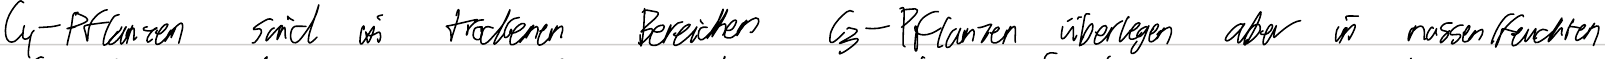
C4-Pflanzen sind in trockenen Bereichen C3-Pflanzen überlegen aber in nassen/feuchten